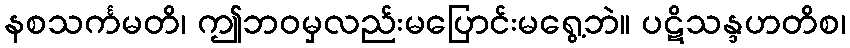
နစသင်္ကမတိ၊ ဤဘဝမှလည်းမပြောင်းမရွေ့ဘဲ။ ပဋိသန္ဒဟတိစ၊